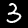
Label: 3